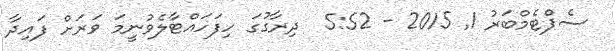
ސެޕްޓެމްބަރު 1